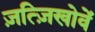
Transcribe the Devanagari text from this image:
ज़त्ज़िखोवें